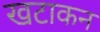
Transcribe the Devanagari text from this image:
खटाकन